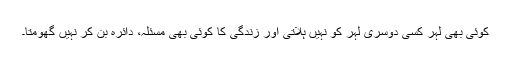
کوئی بھی لہر کسی دوسری لہر کو نہیں ہلاتی اور زندگی کا کوئی بھی مسئلہ، دائرہ بن کر نہیں گھومتا۔